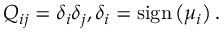
Q _ { i j } = { \delta } _ { i } { \delta } _ { j } , { \delta } _ { i } = \mathrm { s i g n } \left( { \mu } _ { i } \right) .